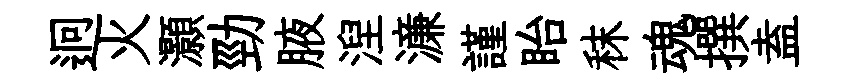
迥火灝勁腋湼濓謹眙秣魂撰盍